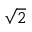
\sqrt { 2 }